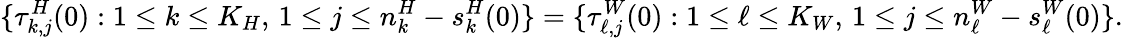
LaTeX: \{ \tau_{k,j}^{H}(0):1\leq k\leq K_{H},\, 1\leq j\leq n_{k}^{H}-s_{k}^{H}(0)\} =\{ \tau_{\ell,j}^{W}(0):1\leq\ell\leq K_{W},\, 1\leq j\leq n_{\ell}^{W}-s_{\ell}^{W}(0)\} .